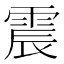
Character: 震